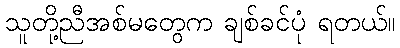
သူတို့ညီအစ်မတွေက ချစ်ခင်ပုံ ရတယ်။